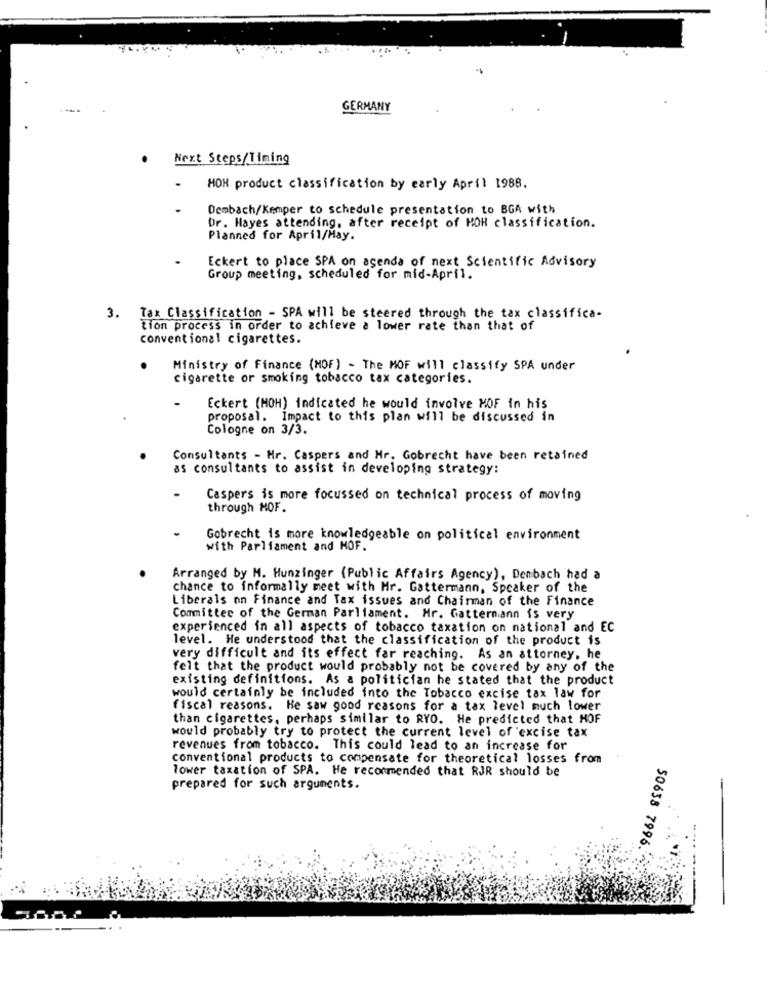
GERMANY
Next Steps/Timing
MON product classification by early April 1988.
Dembach/Kemper to schedule presentation to BGA with
Dr. Hayes attending, after receipt of MOH classification.
Planned for April/May.
Eckert to place SPA on agenda of next Scientific Advisory
Group meeting, scheduled for mid-April.
m
Tax Classification - SPA will be steered through the tax classifica-
tion process in order to achieve a lower rate than that of
conventional cigarettes.
Ministry of Finance (MOF) - The MOF will classify SPA under
cigarette or smoking tobacco tax categories.
Eckert (MOH) indicated he would involve MOF in his
proposal. Impact to this plan will be discussed in
Cologne on 3/3.
Consultants - Hr. Caspers and Mr. Gobrecht have been retained
as consultants to assist in developing strategy:
Caspers is more focussed on technical process of moving
through MOF.
Gobrecht is more knowledgeable on political environment
with Parliament and HOF.
Arranged by M. Hunzinger (Public Affairs Agency), Denbach had a
chance to informally meet with Mr. Gattermann, Speaker of the
Liberals on Finance and Tax issues and Chairman of the Finance
Committee of the German Parliament. Mr. Gatternann is very
experienced in all aspects of tobacco taxation on national and EC
level. He understood that the classification of the product is
very difficult and its effect far reaching. As an attorney, he
felt that the product would probably not be covered by any of the
existing definitions. As a politician he stated that the product
would certainly be included into the Tobacco excise tax law for
fiscal reasons. He saw good reasons for a tax level much lower
than cigarettes, perhaps similar to RYO. He predicted that HOF
would probably try to protect the current level of excise tax
revenues from tobacco. This could lead to an increase for
conventional products to compensate for theoretical losses from
lower taxation of SPA. He recommended that RJR should be
prepared for such arguments.
50638 7996.